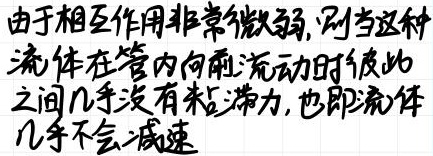
由于相互作用非常微弱,则当这种流体在管内向前流动时彼此之间几乎没有粘滞力,也即流体几乎不会减速